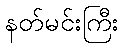
နတ်မင်းကြီး